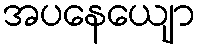
အပနေယျော